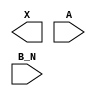
module sky130_fd_sc_hd__or2b (
    X  ,
    A  ,
    B_N
);

    output X  ;
    input  A  ;
    input  B_N;

    // Voltage supply signals
    supply1 VPWR;
    supply0 VGND;
    supply1 VPB ;
    supply0 VNB ;

endmodule